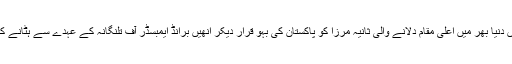
بھارت کو ٹینس میں دنیا بھر میں اعلیٰ مقام دلانے والی ثانیہ مرزا کو پاکستان کی بہو قرار دیکر انھیں برانڈ ایمبسڈر آف تلنگانہ کے عہدے سے ہٹانے کا مطالبہ کردیا ہے۔